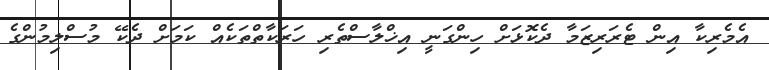
އެމެރިކާ އިން ޓެރަރިޒަމާ ދެކޮޅަށް ހިންގަނީ އިޚްލާސްތެރި ހަރަކާތްތަކެއް ކަމަށް ދެކޭ މުސްލިމުންގެ